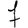
Digit: 7